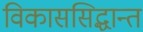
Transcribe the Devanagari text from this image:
विकाससिद्धान्त